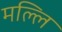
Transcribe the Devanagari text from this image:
मल्लि